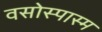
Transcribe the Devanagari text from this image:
वसोस्पास्म